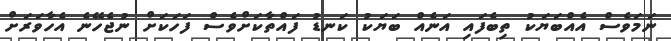
ނަމަވެސް އެއްބަޔަކު ތިބެފައި އަނެއް ބަޔަކު ކަނޑު ފައްތާކަށްވެސް ފަހަކަށް ނުޖެހޭނެ އެހާވަރަށް